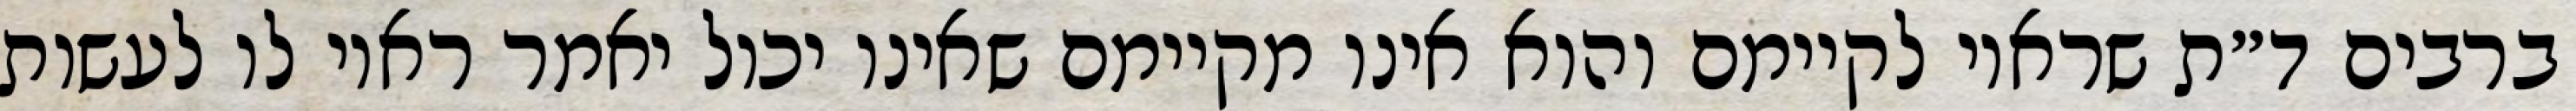
ברבים ד״ת שראוי לקיימם והוא אינו מקיימם שאינו יכול יאמר ראוי לו לעשות